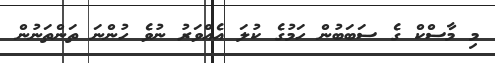
މި މާސްކް ގެ ސަބަބުން ހަމުގެ ކުލަ އެއްވަރު ނުވެ ހުންނަ ތަންތަނުން